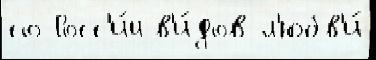
со Росс'и́и в'и́дов л'юбв'и́